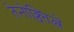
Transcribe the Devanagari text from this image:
तेनोक्च्तित्लें